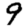
Digit: 9